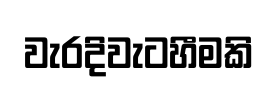
වැරදිවැටහීමකි